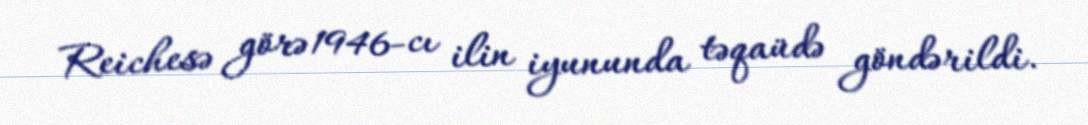
Reichesə görə 1946-cı ilin iyununda təqaüdə göndərildi.